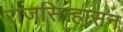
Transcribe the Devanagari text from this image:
राजसिन्हासन